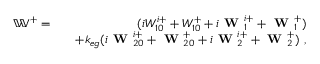
\begin{array} { r l r } { \mathbb { W } ^ { + } = } & { } & { ( i W _ { 1 0 } ^ { i + } + W _ { 1 0 } ^ { + } + i \textbf { W } _ { 1 } ^ { i + } + \textbf { W } _ { 1 } ^ { + } ) } \\ & { } & { + k _ { e g } ( i \textbf { W } _ { 2 0 } ^ { i + } + \textbf { W } _ { 2 0 } ^ { + } + i \textbf { W } _ { 2 } ^ { i + } + \textbf { W } _ { 2 } ^ { + } ) ~ , } \end{array}